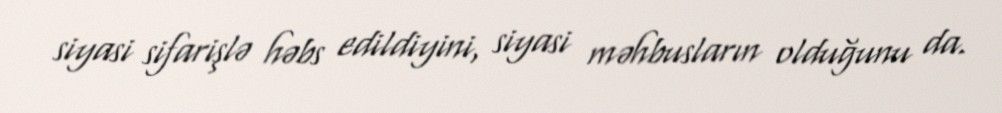
siyasi sifarişlə həbs edildiyini, siyasi məhbusların olduğunu da.